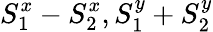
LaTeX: S_{1}^{x}-S_{2}^{x},S_{1}^{y}+S_{2}^{y}